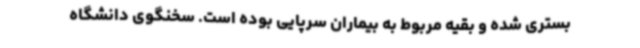
بستری شده و بقیه مربوط به بیماران سرپایی بوده است. سخنگوی دانشگاه